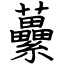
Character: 虆